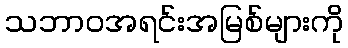
သဘာဝအရင်းအမြစ်များကို